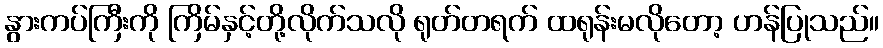
နွားကပ်ကြီးကို ကြိမ်နှင့်တို့လိုက်သလို ရုတ်တရက် ထရုန်းမလိုတော့ ဟန်ပြုသည်။